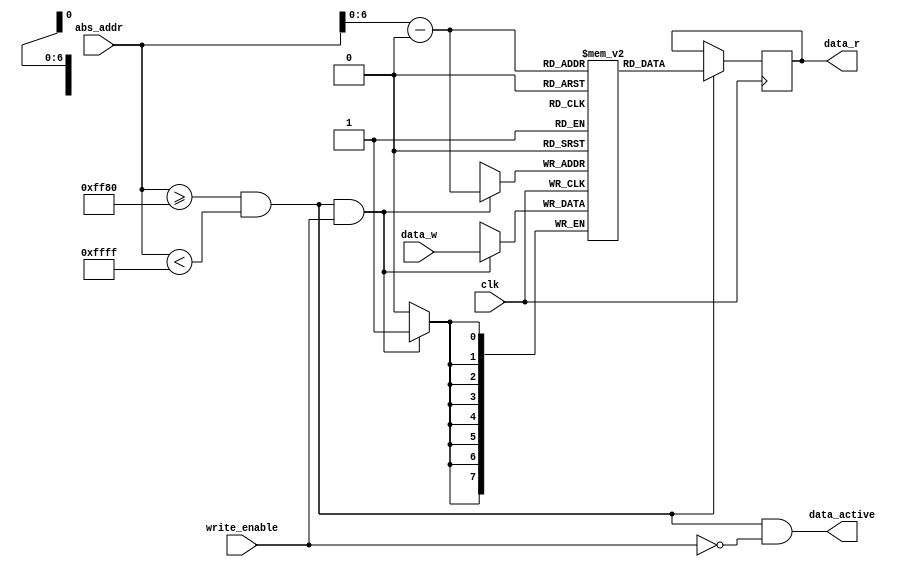
/*
 * Small local memory areas synthesized as latches or EBR depending on size.
 */

module lram (
    input clk,
    input [15:0] abs_addr,
    output reg [7:0] data_r,
    input [7:0] data_w,
    input write_enable,
    output data_active
);

parameter base = 'hFF80;
parameter size = 'h7F;
parameter addrbits = 7;

/* verilator lint_off UNUSED */
wire [15:0] rel_addr;
/* verilator lint_on UNUSED */
wire [addrbits-1:0] addr;

wire enable;

reg [7:0] mem [size-1:0];

`ifndef SYNTHESIS
integer i;
initial begin
    for (i = 0; i < size; i++)
        mem[i] = 8'hff;
end
`endif

assign enable = abs_addr >= base && abs_addr < base + size;

assign rel_addr = abs_addr - base;
assign addr = rel_addr[addrbits-1:0];

assign data_active = enable && !write_enable;

always @(posedge clk) begin
    if (enable && write_enable)
        mem[addr] <= data_w;
end

always @(negedge clk)
    if (enable)
        data_r <= mem[addr];

endmodule